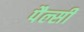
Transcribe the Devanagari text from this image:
पैल्सी